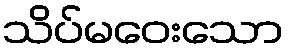
သိပ်မဝေးသော